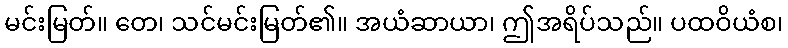
မင်းမြတ်။ တေ၊ သင်မင်းမြတ်၏။ အယံဆာယာ၊ ဤအရိပ်သည်။ ပထဝိယံစ၊